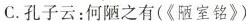
C.孔子云：何陋之有(《陋室铭》)